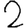
Digit: 2